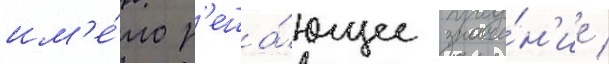
им'е́ло р'еша́ющее значе́н'ие /